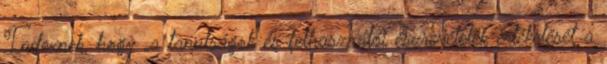
Indexnek, hogy „a tanulságok és felhasználói észrevételek értékelését a